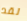
لقد